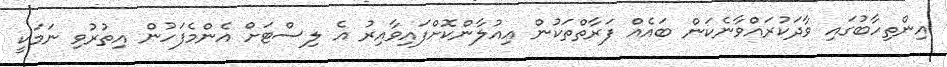
އިންތިހާބުގައި ވާދަކުރައްވާނެކަން ބައެއް ފަރާތްތަކުން އިއުލާންކޮށްފައިވާއިރު އެ ލިސްޓަށް އެންމެފަހުން އިތުރުވި ނަމަކީ